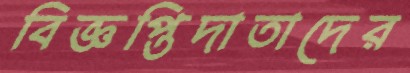
বিজ্ঞপ্তিদাতাদের